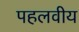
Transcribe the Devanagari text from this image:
पहलवीय